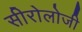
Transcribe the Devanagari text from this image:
सीरोलोजी